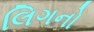
લિગનો